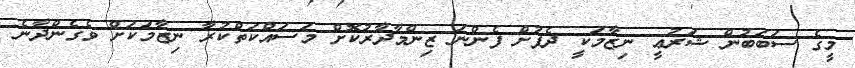
މީގެ ސަބަބުން ޝަރުޢީ ނިޒާމަކީ ދެފުށް ފެންނަ ޒިންމާދާރުކޮށް މަސައްކަތްކުރާ ނިޒާމަކަށް ވެގެންދާނެ